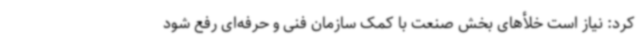
کرد: نیاز است خلأهای بخش صنعت با کمک سازمان فنی و حرفه‌ای رفع شود